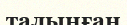
талынған